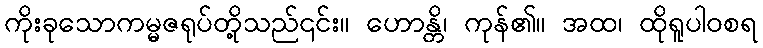
ကိုးခုသောကမ္မဇရုပ်တို့သည်၎င်း။ ဟောန္တိ၊ ကုန်၏။ အထ၊ ထိုရူပါဝစရ